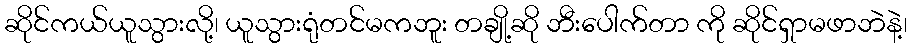
ဆိုင်ကယ်ယူသွားလို့၊ ယူသွားရုံတင်မကဘူး တချို့ဆို ဘီးပေါက်တာ ကို ဆိုင်ရှာမဖာဘဲနဲ့၊